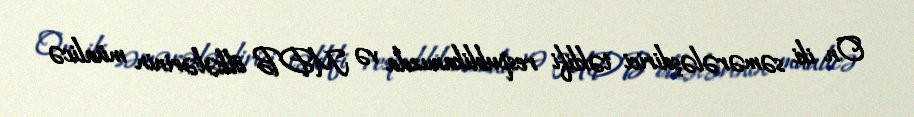
On iki səmərələşdirici təklifi respublikamızda və MDB ölkələrinin müalicə